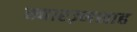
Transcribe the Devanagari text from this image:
ख्वारज़्मशाह